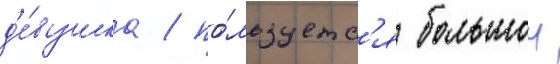
д'е́вушка / по́льзуетс'я большои